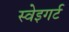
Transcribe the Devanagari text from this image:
स्वेइगर्ट